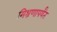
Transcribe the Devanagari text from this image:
मिश्रणापर्यंत